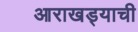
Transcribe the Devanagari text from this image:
आराखड्याची